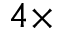
4 \times